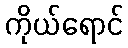
ကိုယ်ရောင်